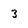
Character: 3